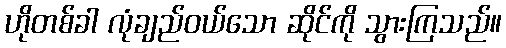
ဟိုတစ်ခါ လုံချည်ဝယ်သော ဆိုင်ကို သွားကြသည်။